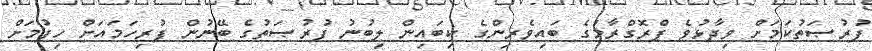
ފުރުޞަތުކަމަށް ވިދާޅުވެ ޕްރޮގްރާމުގެ ބައިވެރިންގެ ކިބައިން ލިބުނު ފުރުޞަތުގެ ބޭނުން ފުރިހަމައަށް ހިފުމަށް